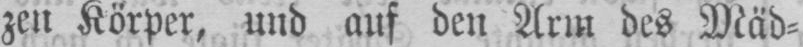
zen Körper, und auf den Arm des Mäd⸗